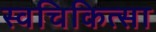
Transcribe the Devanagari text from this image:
स्वचिकित्सा